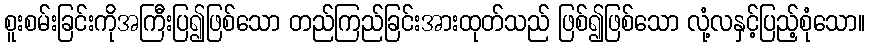
စူးစမ်းခြင်းကိုအကြီးပြ၍ဖြစ်သော တည်ကြည်ခြင်းအားထုတ်သည် ဖြစ်၍ဖြစ်သော လုံ့လနှင့်ပြည့်စုံသော။